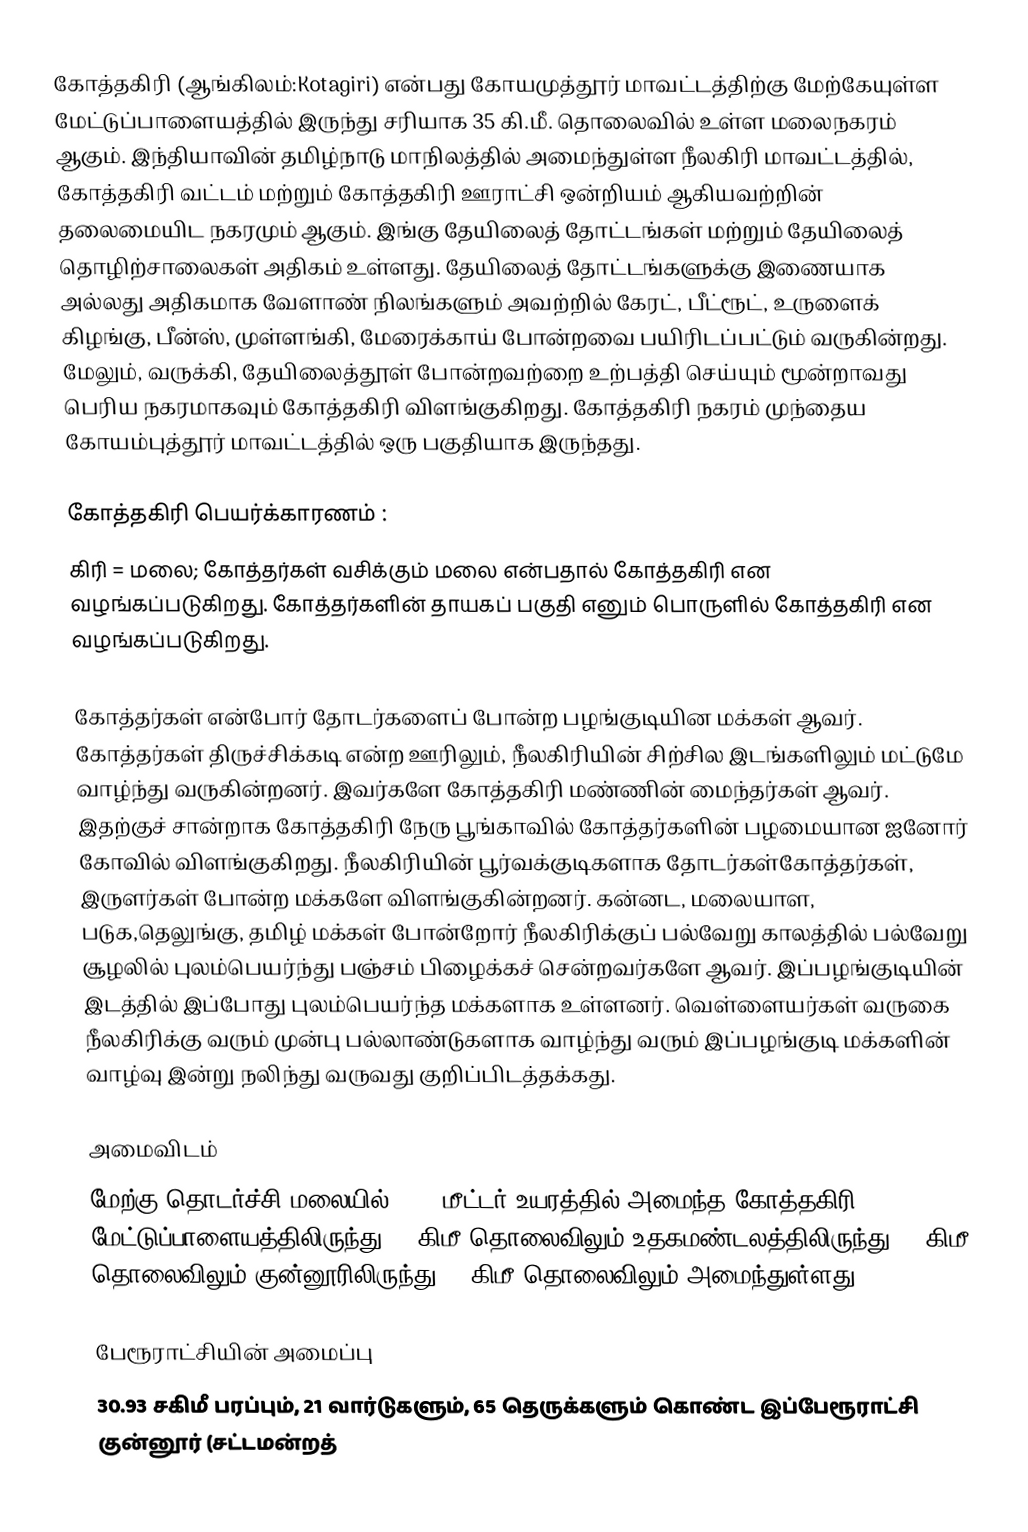
கோத்தகிரி (ஆங்கிலம்:Kotagiri) என்பது கோயமுத்தூர் மாவட்டத்திற்கு மேற்கேயுள்ள மேட்டுப்பாளையத்தில் இருந்து சரியாக 35 கி.மீ. தொலைவில் உள்ள மலைநகரம்  ஆகும். இந்தியாவின் தமிழ்நாடு மாநிலத்தில் அமைந்துள்ள நீலகிரி மாவட்டத்தில், கோத்தகிரி வட்டம் மற்றும் கோத்தகிரி ஊராட்சி ஒன்றியம் ஆகியவற்றின் தலைமையிட நகரமும் ஆகும். இங்கு தேயிலைத் தோட்டங்கள் மற்றும்  தேயிலைத் தொழிற்சாலைகள் அதிகம் உள்ளது. தேயிலைத் தோட்டங்களுக்கு இணையாக அல்லது அதிகமாக வேளாண் நிலங்களும் அவற்றில் கேரட், பீட்ரூட், உருளைக் கிழங்கு, பீன்ஸ், முள்ளங்கி, மேரைக்காய் போன்றவை பயிரிடப்பட்டும் வருகின்றது. மேலும், வருக்கி, தேயிலைத்தூள்  போன்றவற்றை உற்பத்தி செய்யும் மூன்றாவது பெரிய நகரமாகவும் கோத்தகிரி விளங்குகிறது. கோத்தகிரி நகரம் முந்தைய கோயம்புத்தூர் மாவட்டத்தில் ஒரு பகுதியாக இருந்தது.

கோத்தகிரி பெயர்க்காரணம் :
கிரி = மலை; கோத்தர்கள் வசிக்கும் மலை என்பதால் கோத்தகிரி என வழங்கப்படுகிறது. கோத்தர்களின் தாயகப் பகுதி எனும் பொருளில் கோத்தகிரி என வழங்கப்படுகிறது.

கோத்தர்கள் என்போர் தோடர்களைப் போன்ற பழங்குடியின மக்கள் ஆவர். கோத்தர்கள் திருச்சிக்கடி என்ற ஊரிலும், நீலகிரியின் சிற்சில இடங்களிலும் மட்டுமே வாழ்ந்து வருகின்றனர். இவர்களே கோத்தகிரி மண்ணின் மைந்தர்கள் ஆவர். இதற்குச் சான்றாக கோத்தகிரி நேரு பூங்காவில் கோத்தர்களின் பழமையான ஐனோர் கோவில் விளங்குகிறது. நீலகிரியின் பூர்வக்குடிகளாக தோடர்கள்கோத்தர்கள், இருளர்கள் போன்ற மக்களே விளங்குகின்றனர். கன்னட, மலையாள, படுக,தெலுங்கு, தமிழ் மக்கள் போன்றோர் நீலகிரிக்குப் பல்வேறு காலத்தில் பல்வேறு சூழலில் புலம்பெயர்ந்து பஞ்சம் பிழைக்கச் சென்றவர்களே ஆவர். இப்பழங்குடியின் இடத்தில் இப்போது புலம்பெயர்ந்த மக்களாக உள்ளனர். வெள்ளையர்கள் வருகை நீலகிரிக்கு வரும் முன்பு பல்லாண்டுகளாக வாழ்ந்து வரும் இப்பழங்குடி மக்களின் வாழ்வு இன்று நலிந்து வருவது குறிப்பிடத்தக்கது.

அமைவிடம்
மேற்கு தொடர்ச்சி மலையில் 1990 மீட்டர் உயரத்தில் அமைந்த கோத்தகிரி, மேட்டுப்பாளையத்திலிருந்து 32 கிமீ தொலைவிலும் உதகமண்டலத்திலிருந்து 26 கிமீ தொலைவிலும் குன்னூரிலிருந்து 20 கிமீ தொலைவிலும் அமைந்துள்ளது.

பேரூராட்சியின் அமைப்பு
30.93 சகிமீ பரப்பும்,  21 வார்டுகளும்,  65  தெருக்களும்  கொண்ட இப்பேரூராட்சி  குன்னூர் (சட்டமன்றத்